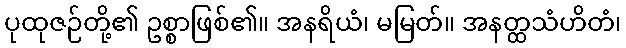
ပုထုဇဉ်တို့၏ ဥစ္စာဖြစ်၏။ အနရိယံ၊ မမြတ်။ အနတ္ထသံဟိတံ၊